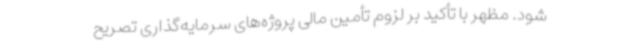
شود. مظهر با تأکید بر لزوم تأمین مالی پروژه‌های سرمایه‌گذاری تصریح